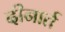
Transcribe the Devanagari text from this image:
दीनार्त